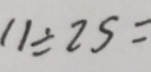
1 1 \div 2 5 =